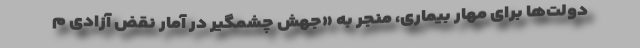
دولت‌ها برای مهار بیماری، منجر به «جهش چشمگیر در آمار نقض آزادی م